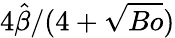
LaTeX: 4\hat{\beta}/(4+\sqrt{Bo})